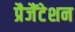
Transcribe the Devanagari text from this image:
प्रैजैंटेशन